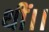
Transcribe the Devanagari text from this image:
थीं।।